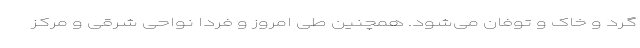
گرد و خاک و توفان می‌شود. همچنین طی امروز و فردا نواحی شرقی و مرکز